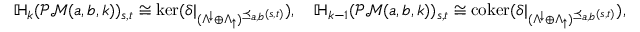
\mathbb { H } _ { k } ( \mathcal { P M } ( a , b , k ) ) _ { s , t } \cong \ker ( \delta | _ { ( \Lambda ^ { \downarrow } \oplus \Lambda _ { \uparrow } ) ^ { \preceq _ { a , b } ( s , t ) } } ) , \quad \mathbb { H } _ { k - 1 } ( \mathcal { P M } ( a , b , k ) ) _ { s , t } \cong \mathrm { c o k e r } ( \delta | _ { ( \Lambda ^ { \downarrow } \oplus \Lambda _ { \uparrow } ) ^ { \preceq _ { a , b } ( s , t ) } } ) ,